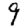
Digit: 9